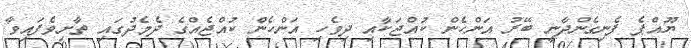
ޔޫއްޕެ ފެނިގެންދާނީ ބޭރު އަންހެން ކުއްޖަކާއި ދިވެހި އަންހެން ކުއްޖެއްގެ ދެމެދުގައި ތާށިވެފައިވާ